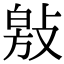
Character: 𭤁